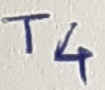
Text: T4